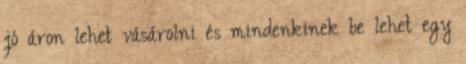
jó áron lehet vásárolni és mindenkinek be lehet egy